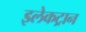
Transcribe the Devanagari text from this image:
इलेकट्रान